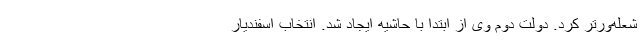
شعله‌ورتر کرد. دولت دوم وی از ابتدا با حاشیه ایجاد شد. انتخاب اسفندیار